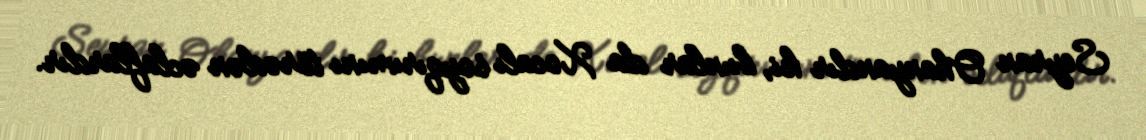
Seyran Ohanyandır ki, bunlar da Xocalı soyqırımını törədən əclaflardır.